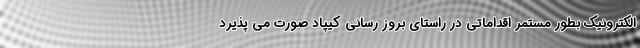
الکترونیک بطور مستمر اقداماتی در راستای بروز رسانی کیپاد صورت می پذیرد